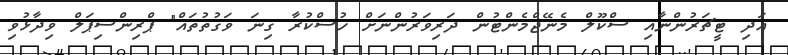
އަދި ޓީޗަރުންނާއި ސްކޫލް މެނޭޖްމެންޓުން ދަރިވަރުންނަށް ހުސްކުރާ ގިނަ ވަގުތުތައް" ޕްރިންސިޕަލް ވިދާޅުވި